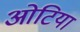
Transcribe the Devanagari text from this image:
ओटिया